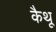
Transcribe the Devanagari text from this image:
कैथू